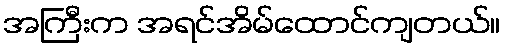
အကြီးက အရင်အိမ်ထောင်ကျတယ်။